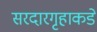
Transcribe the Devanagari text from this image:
सरदारगृहाकडे